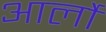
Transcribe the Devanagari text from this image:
आर्लो